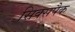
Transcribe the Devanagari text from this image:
सिक्सपैक